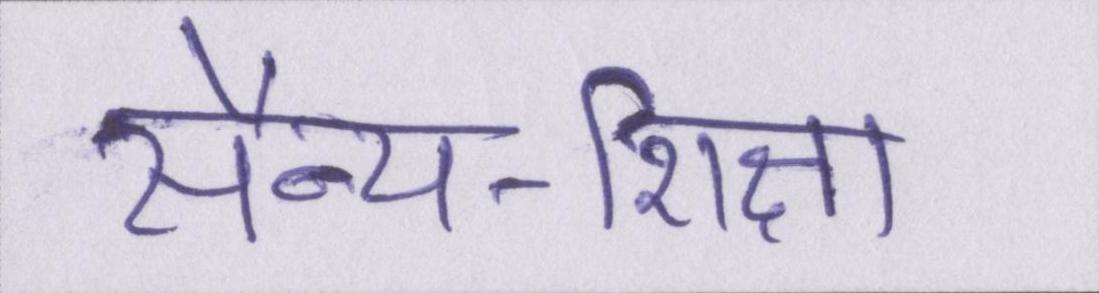
सैन्य-शिक्षा